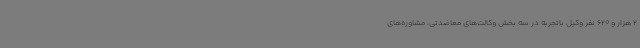
2 هزار و 620 نفر وکیل باتجربه در سه بخش وکالت‌های معاضدتی، مشاوره‌های